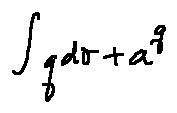
\int q d \sigma + a ^ { q }